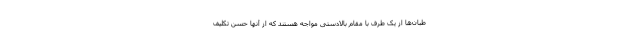
طبان‌ها از یک طرف با مقام بالادستی مواجه هستند که از آنها حسن تکلیف